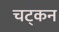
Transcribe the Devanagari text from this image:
चट्कन